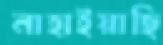
নাহাইয়াছি